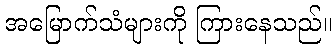
အမြောက်သံများကို ကြားနေသည်။